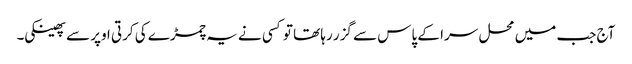
آج جب میں محل سرا کے پاس سے گزر رہا تھا تو کسی نے یہ چمڑے کی کرتی اوپر سے پھینکی۔